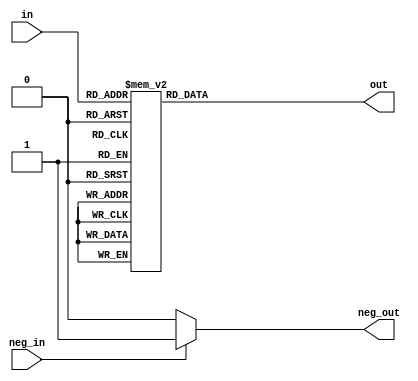
module Display7seg (in, out, neg_in, neg_out);
	input [3:0] in;
	input neg_in;
	output reg [6:0] out;
	output reg neg_out;
	always@(*)
		begin
			case(in)
				0: begin out <= 7'B1000000; end
				1: begin out <= 7'B1111001; end
				2: begin out <= 7'B0100100; end
				3: begin out <= 7'B0110000; end
				4: begin out <= 7'B0011001; end
				5: begin out <= 7'B0010010; end
				6: begin out <= 7'B0000010; end
				7: begin out <= 7'B1111000; end
				8: begin out <= 7'B0000000; end
				9: begin out <= 7'B0010000; end
				default: begin out <= 7'B1111111; end
			endcase
			if(neg_in)
				neg_out = 1;
			else
				neg_out = 0;
	end
endmodule